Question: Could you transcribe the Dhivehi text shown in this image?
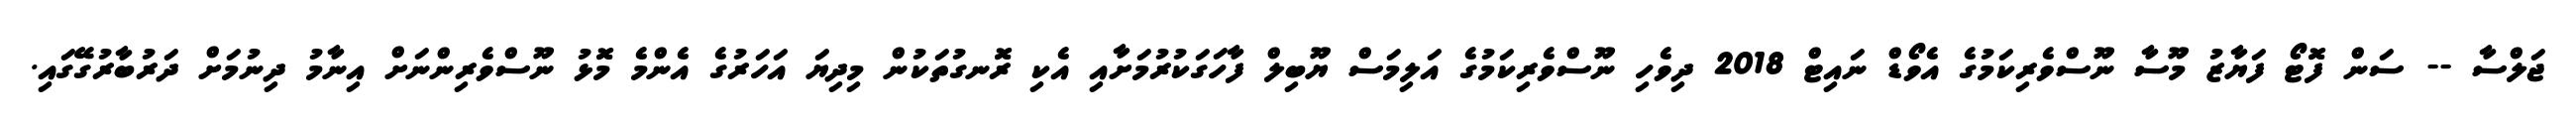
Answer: ޖަލްސާ -- ސަން ފޮޓޯ ފަޔާޒު މޫސާ ނޫސްވެރިކަމުގެ އެވޯޑް ނައިޓް 2018 ދިވެހި ނޫސްވެރިކަމުގެ އަލިމަސް ޔޫބިލް ފާހަގަކުރުމަށާއި އެކި ރޮނގުތަކުން މިދިޔަ އަހަރުގެ އެންމެ މޮޅު ނޫސްވެރިންނަށް އިނާމު ދިނުމަށް ދަރުބާރުގޭގައި.